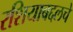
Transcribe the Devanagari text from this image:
रशियाबद्दलचे